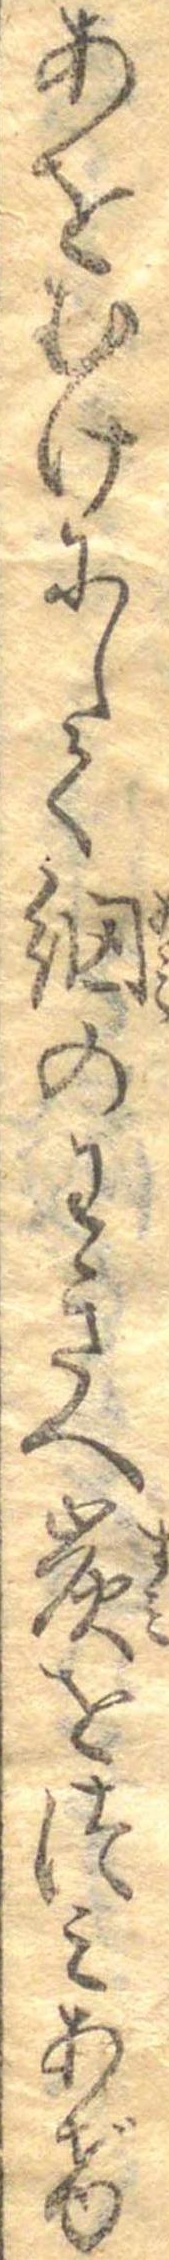
あをむけにして網のわきへ炭をつみあげ